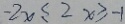
- 2 x \leq 2 x \geq - 1